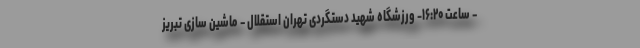
– ساعت ۱۶:۲۰- ورزشگاه شهید دستگردی تهران استقلال – ماشین سازی تبریز